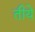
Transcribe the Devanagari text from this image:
तीये